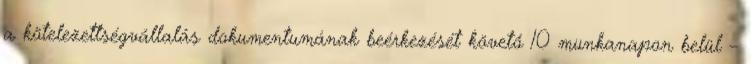
a kötelezettségvállalás dokumentumának beérkezését követő 10 munkanapon belül –